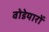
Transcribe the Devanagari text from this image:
वोडेयारों